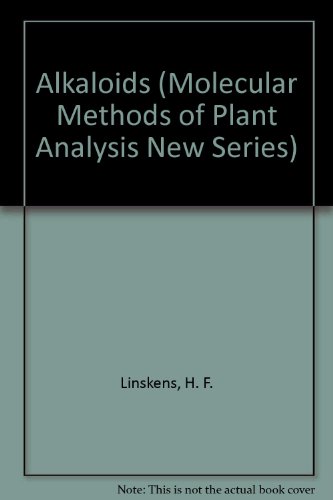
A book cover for Alkaloids (Molecular Methods of Plant Analysis New Series); H. F. Linskens; Science & Math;